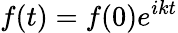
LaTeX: f(t)=f(0)e^{ikt}